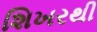
શિખરથી